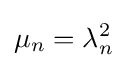
\mu _{n}=\lambda _{n}^{2}